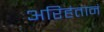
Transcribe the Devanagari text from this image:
अरिहंतानं